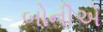
બોનીએ